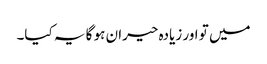
میں تو اور زیادہ حیران ہو گا یہ کیا۔